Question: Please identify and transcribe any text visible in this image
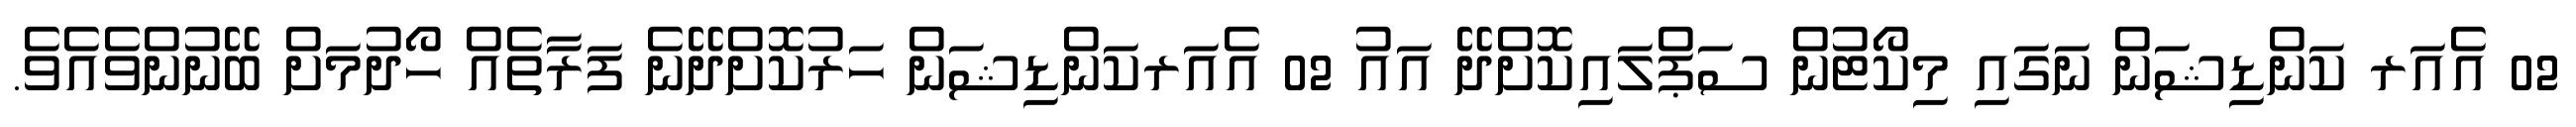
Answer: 02 އެއަރ ކަންޑިޝަން ނަގައި މިކޯޓުން ސަޕްލައިކޮށްދޭ އައު 02 އެއަރކަންޑިޝަން ހަރުކޮށްދޭނެ ފަރާތެއް ހޯދުމަށް ބޭނުންވެއެވެ.